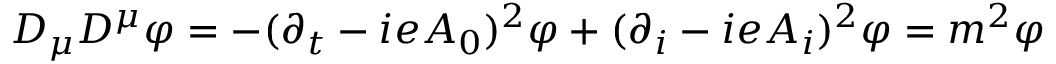
D _ { \mu } D ^ { \mu } \varphi = - ( \partial _ { t } - i e A _ { 0 } ) ^ { 2 } \varphi + ( \partial _ { i } - i e A _ { i } ) ^ { 2 } \varphi = m ^ { 2 } \varphi